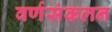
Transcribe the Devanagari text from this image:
वर्णसंकलन